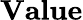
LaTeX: \mathbf{Value}